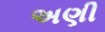
અણી